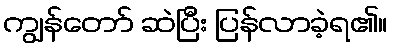
ကျွန်တော် ဆဲပြီး ပြန်လာခဲ့ရ၏။